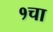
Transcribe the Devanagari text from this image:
१चा